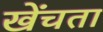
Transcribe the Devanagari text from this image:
खेंचता